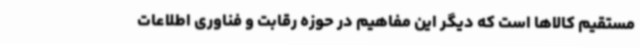
مستقیم کالاها است که دیگر این مفاهیم در حوزه رقابت و فناوری اطلاعات